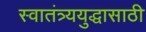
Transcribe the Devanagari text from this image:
स्वातंत्र्ययुद्धासाठी